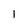
Character: 1